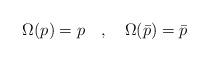
LaTeX: \begin{align*}\Omega(p) = p \quad,\quad \Omega(\bar p) = \bar p\end{align*}